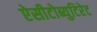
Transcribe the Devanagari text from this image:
ऐसीटोब्युटिरेट